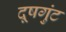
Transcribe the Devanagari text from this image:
दूषगुंट